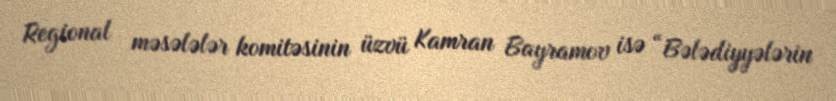
Regional məsələlər komitəsinin üzvü Kamran Bayramov isə “Bələdiyyələrin